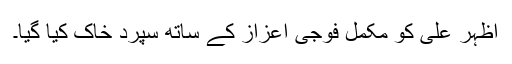
اظہر علی کو مکمل فوجی اعزاز کے ساتھ سپرد خاک کیا گیا۔